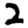
Digit: 2